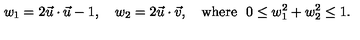
w _ { 1 } = 2 \vec { u } \cdot \vec { u } - 1 , \quad w _ { 2 } = 2 \vec { u } \cdot \vec { v } , \quad \mathrm { w h e r e \ } \ 0 \le w _ { 1 } ^ { 2 } + w _ { 2 } ^ { 2 } \le 1 .